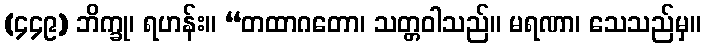
(၄၄၉) ဘိက္ခု၊ ရဟန်း။ “တထာဂတော၊ သတ္တဝါသည်။ မရဏာ၊ သေသည်မှ။